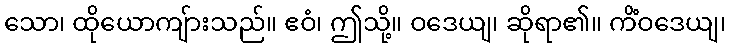
သော၊ ထိုယောကျ်ားသည်။ ဧဝံ၊ ဤသို့။ ဝဒေယျ၊ ဆိုရာ၏။ ကိံဝဒေယျ၊